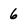
Character: 6